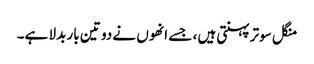
منگل سوتر پہنتی ہیں ، جسے انھوں نے دو تین بار بدلا ہے۔